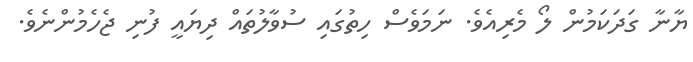
ޔާނާ ގަދަކަމުން ލޯ މެރިއެވެ. ނަމަވެސް ހިތުގައި ސުވާލުތައް ދިޔައީ ފުނި ޖެހެމުންނެވެ.